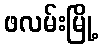
ဖလမ်းမြို့